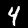
Digit: 4